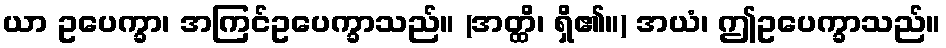
ယာ ဥပေက္ခာ၊ အကြင်ဥပေက္ခာသည်။ (အတ္ထိ၊ ရှိ၏။) အယံ၊ ဤဥပေက္ခာသည်။